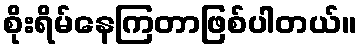
စိုးရိမ်နေကြတာဖြစ်ပါတယ်။